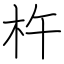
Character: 杵